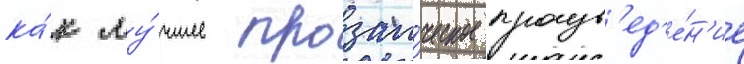
ка́к лу́чшее прозаи́ческое произв'ед'е́н'ие